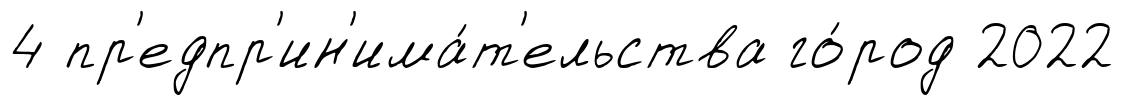
4 пр'едпр'ин'има́т'ельства го́род 2022